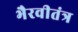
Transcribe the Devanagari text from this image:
भैरवीतंत्र